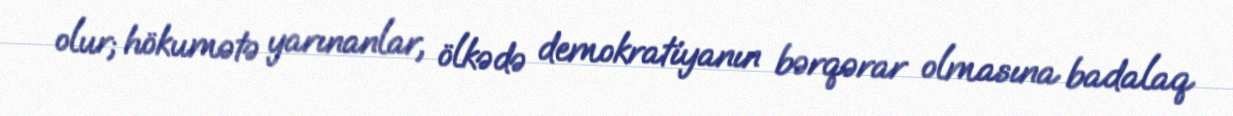
olur; hökumətə yarınanlar, ölkədə demokratiyanın bərqərar olmasına badalaq